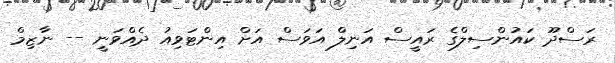
ރަސްދޫ ކައުންސިލްގެ ރައީސް އަނިލް އަވަސް އަށް އިންޓަވިއު ދެއްވަނީ -- ނާޒިމް